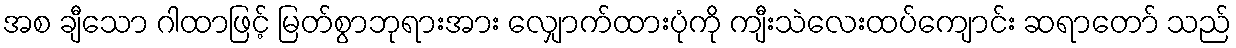
အစ ချီသော ဂါထာဖြင့် မြတ်စွာဘုရားအား လျှောက်ထားပုံကို ကျီးသဲလေးထပ်ကျောင်း ဆရာတော် သည်